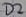
Text: D2